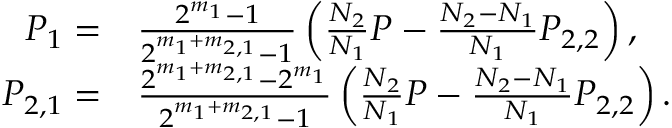
\begin{array} { r l } { P _ { 1 } = } & { \frac { 2 ^ { m _ { 1 } } - 1 } { 2 ^ { m _ { 1 } + m _ { 2 , 1 } } - 1 } \left( \frac { N _ { 2 } } { N _ { 1 } } P - \frac { N _ { 2 } - N _ { 1 } } { N _ { 1 } } P _ { 2 , 2 } \right) , } \\ { P _ { 2 , 1 } = } & { \frac { 2 ^ { m _ { 1 } + m _ { 2 , 1 } } - 2 ^ { m _ { 1 } } } { 2 ^ { m _ { 1 } + m _ { 2 , 1 } } - 1 } \left( \frac { N _ { 2 } } { N _ { 1 } } P - \frac { N _ { 2 } - N _ { 1 } } { N _ { 1 } } P _ { 2 , 2 } \right) . } \end{array}